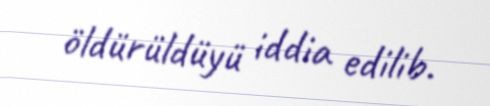
öldürüldüyü iddia edilib.